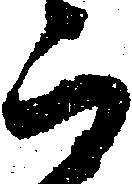
而